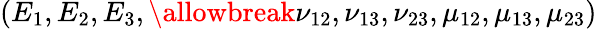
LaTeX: (E_{1},E_{2},E_{3},\allowbreak\nu_{12},\nu_{13},\nu_{23},\mu_{12},\mu_{13},\mu_{23})